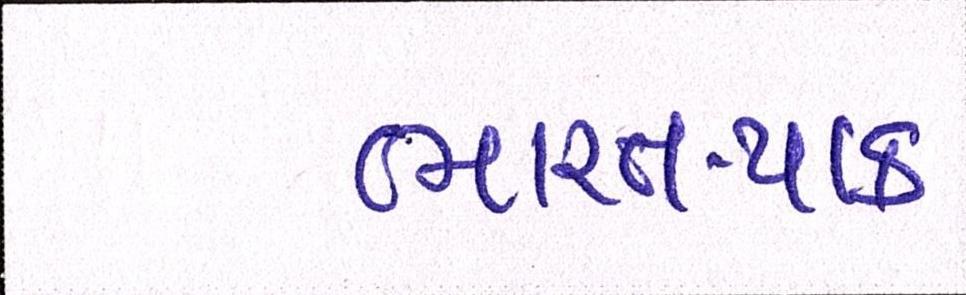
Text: ભારત-પાક